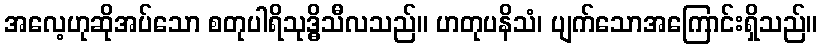
အလေ့ဟုဆိုအပ်သော စတုပါရိသုဒ္ဓိသီလသည်။ ဟတုပနိသံ၊ ပျက်သောအကြောင်းရှိသည်။